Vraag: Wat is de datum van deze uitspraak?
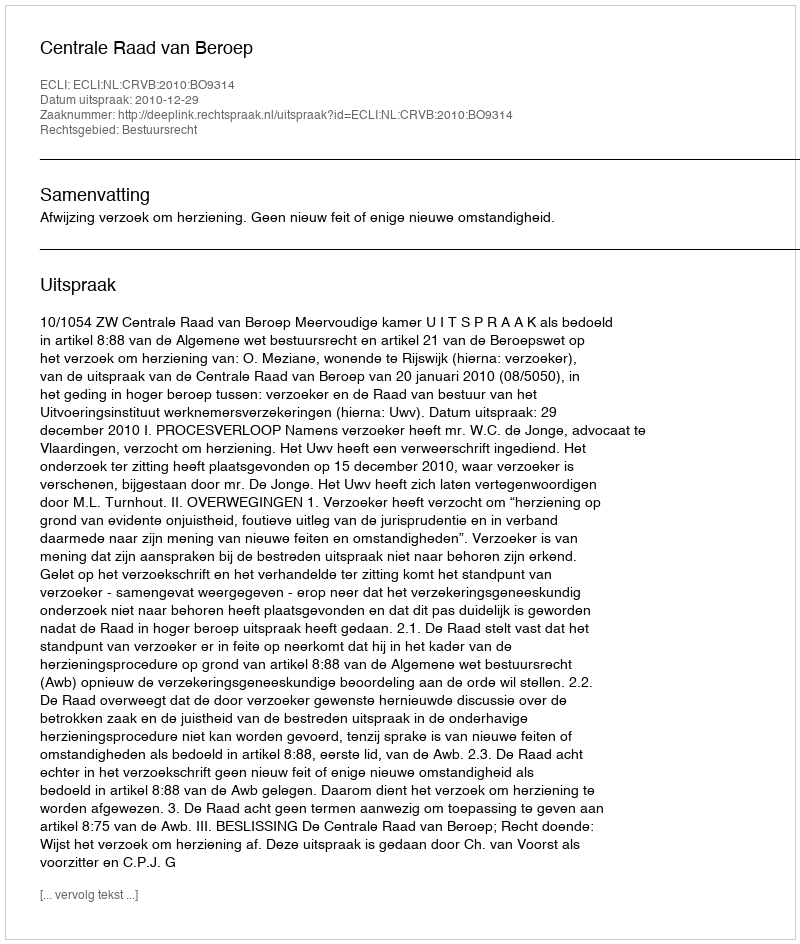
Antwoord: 2010-12-29